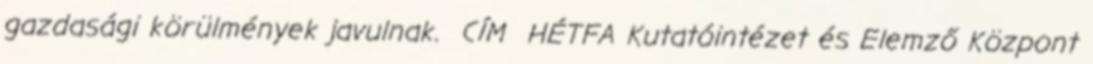
gazdasági körülmények javulnak. CÍM HÉTFA Kutatóintézet és Elemző Központ